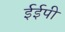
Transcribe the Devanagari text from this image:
ईईपी